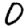
Digit: 0